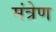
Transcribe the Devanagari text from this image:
मंत्रेण